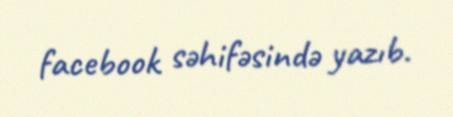
facebook səhifəsində yazıb.